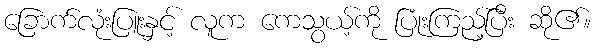
ခြောက်လုံးပြူးနှင့် လူက ကေသွယ့်ကို ပြုံးကြည့်ပြီး ဆို၏။